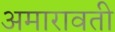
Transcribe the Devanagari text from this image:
अमारावती